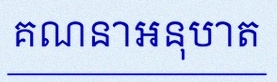
គណនាអនុបាត